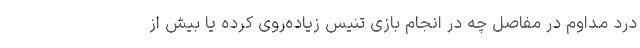
درد مداوم در مفاصل چه در انجام بازی تنیس زیاده‌روی کرده یا بیش از